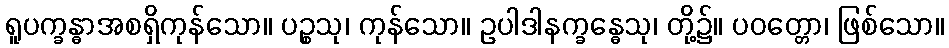
ရူပက္ခန္ဓာအစရှိကုန်သော။ ပဉ္စသု၊ ကုန်သော။ ဥပါဒါနက္ခန္ဓေသု၊ တို့၌။ ပဝတ္တော၊ ဖြစ်သော။